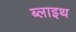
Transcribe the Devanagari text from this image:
ब्लाइथ